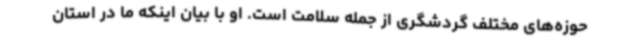
حوزه‌های مختلف گردشگری از جمله سلامت است. او با بیان اینکه ما در استان